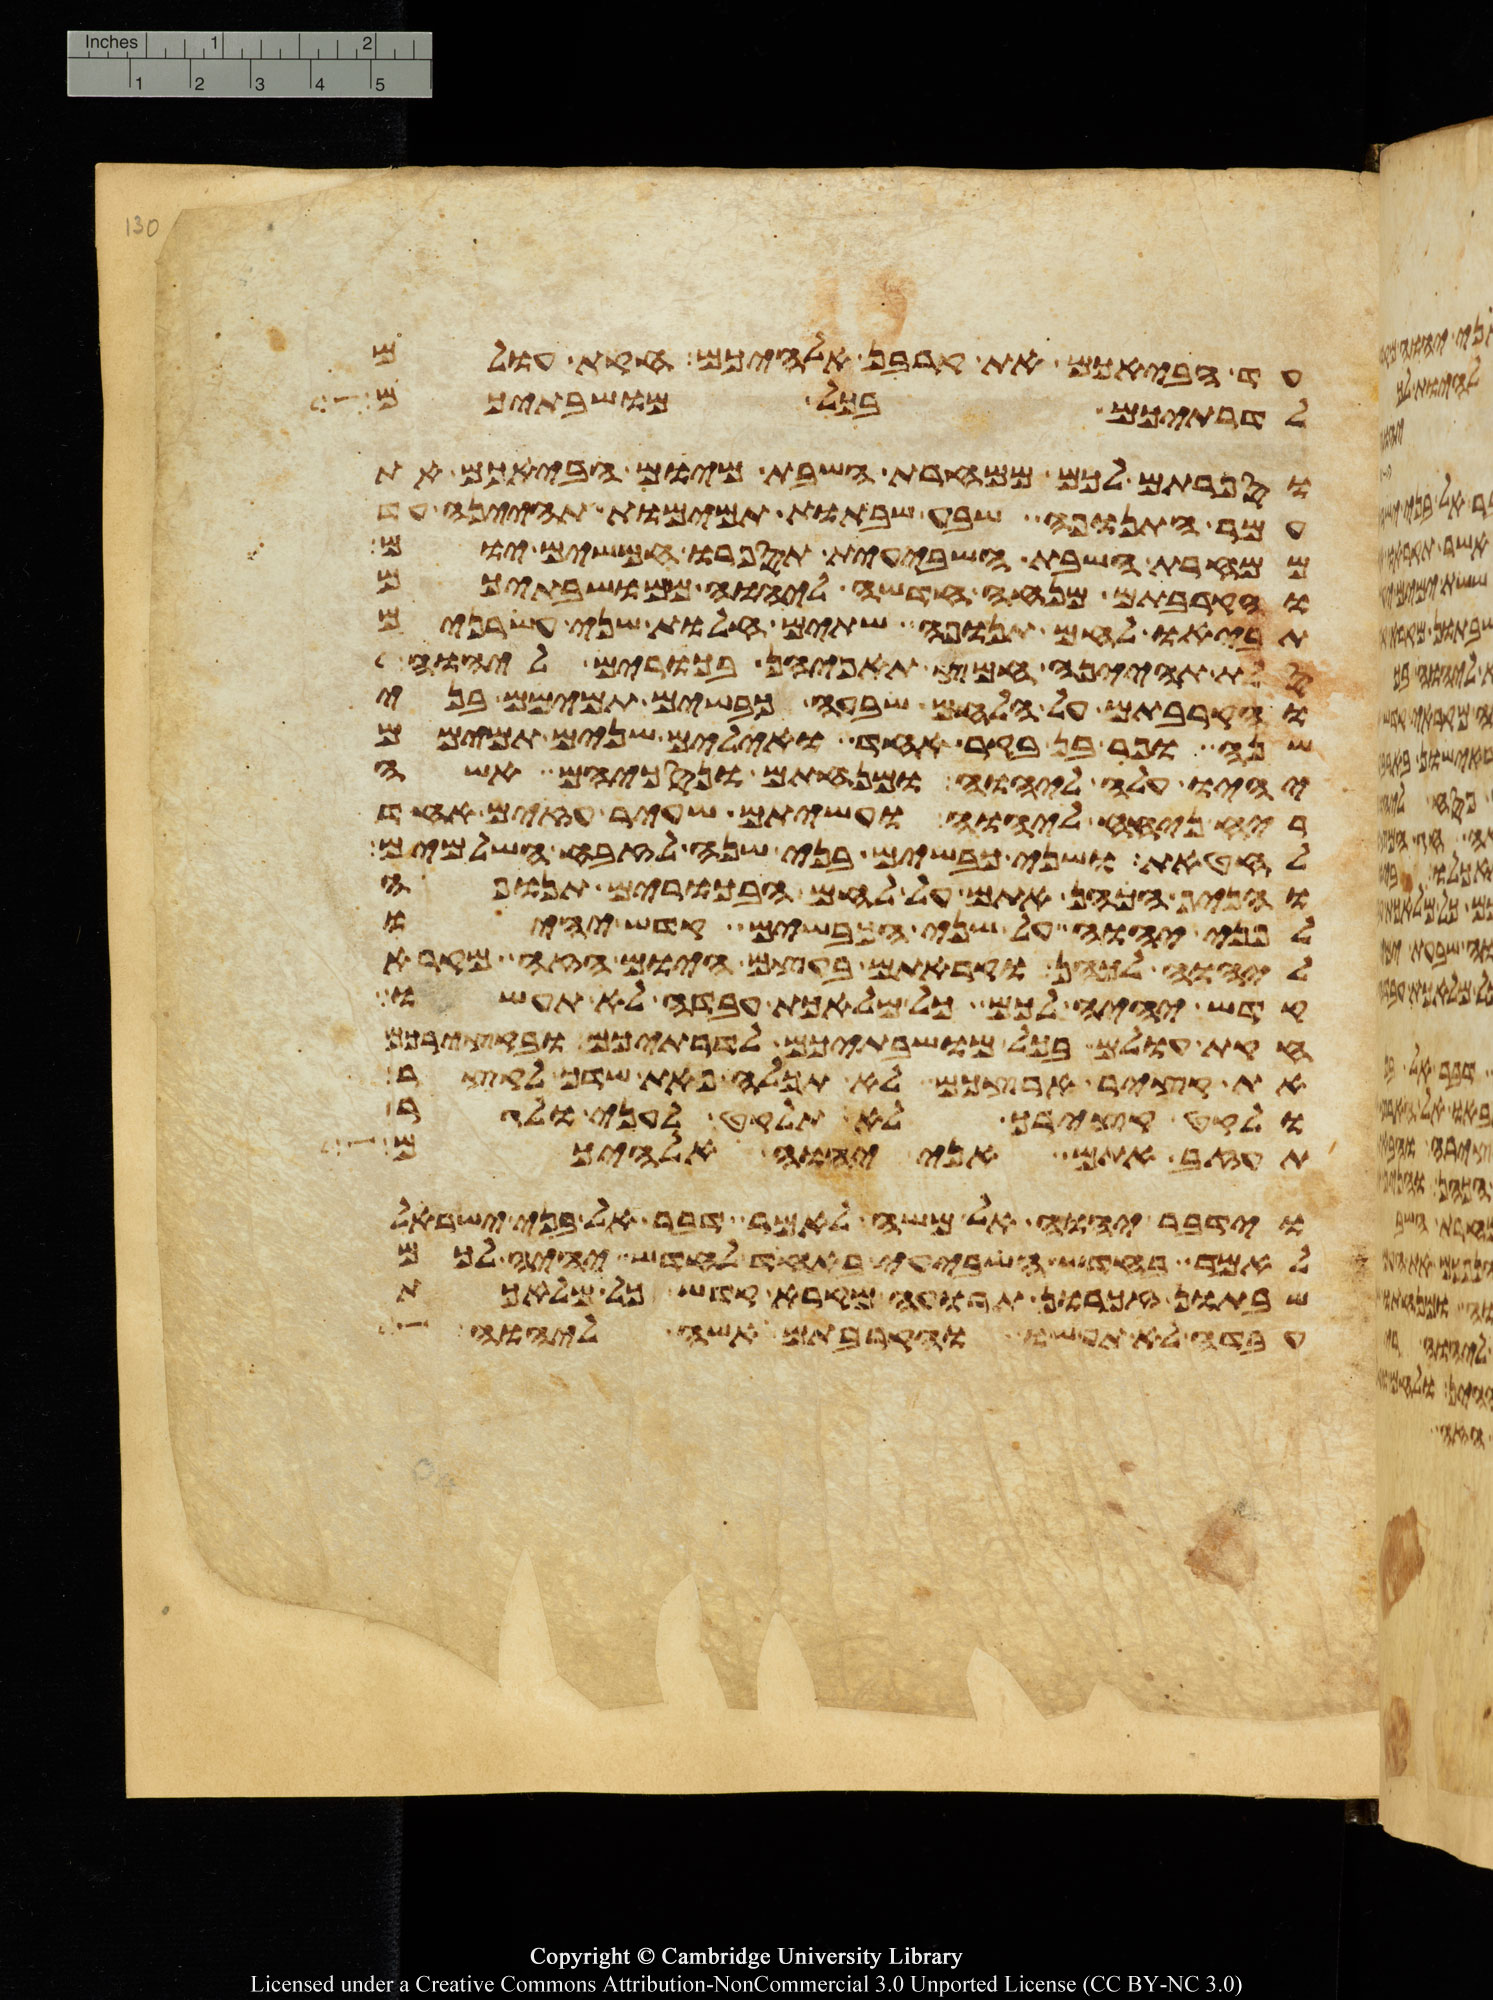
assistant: עד הבאכם את קרבן אלהיכם חקת עולם
לדרתיכם בכל מושבתיכם
וספרתם לכם ממחרת השבת מיום הבאכם את
עמר התנופה שבע שבתות תמימות תהיינה עד
ממחרת השבת השביעית תספרו חמשים יום
והקרבתם מנחה חדשה ליהוה ממושבתיכם
תביאו לחם תנופה שתים חלות שני עשרנים
סלת תהינה חמץ תאפינה בכורים ליהוה
והקרבתם על הלחם שבעה כבשים תמימם בני
שנה ופר בן בקר אחד ואילים שנים תמימם
יהיו עלה ליהוה ומנחתם ונסכיהם אשה
ריח ניחח ליהוה ועשיתם שעיר עזים אחד
לחטאת ושני כבשים בני שנה לזבח השלמים
והניף הכהן אתם על לחם הבכורים תנופה
לפני יהוה על שני הכבשים קדש יהיו
ליהוה לכהן וקראתם בעצם היום הזה מקרא
קדש יהיה לכם כל מלאכת עבדה לא תעשו
חקות עולם בכל מושבתיכם לדרתיכם ובקצירכם
את קציר ארצכם לא תכלה פאת שדך לקצר
ולקט קצירך לא תלקט לעני ולגר
תעזב אתם אני יהוה אלהיכם
וידבר יהוה אל משה לאמר דבר אל בני ישראל
לאמר בחדש השביעי באחד לחדש יהיה לכם
שבתון זכרון תרועה מקרא קדש כל מלאכת
עבדה לא תעשו והקרבתם אשה ליהוה